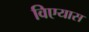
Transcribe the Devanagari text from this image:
विएयास